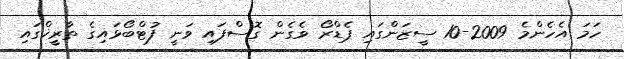
ހަމަ އެހެންމެ 2009-10 ސީޒަންގައި ޕެޑްރޯ ވެގެން ގޮސްފައި ވަނީ ފުޓްބޯޅައިގެ ތާރީޚްގައި